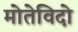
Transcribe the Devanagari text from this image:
मोतेविदो